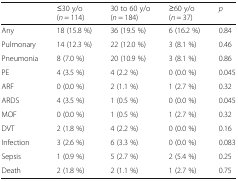
|  | ≤30 y/o (n = 114) | 30 to 60 y/o (n = 184) | ≥60 y/o (n = 37) | p |
 | --- | --- | --- | --- | --- |
 | Any | 18 (15.8 %) | 36 (19.5 %) | 6 (16.2 %) | 0.84 |
 | Pulmonary | 14 (12.3 %) | 22 (12.0 %) | 3 (8.1 %) | 0.46 |
 | Pneumonia | 8 (7.0 %) | 20 (10.9 %) | 3 (8.1 %) | 0.86 |
 | PE | 4 (3.5 %) | 4 (2.2 %) | 0 (0.0 %) | 0.045 |
 | ARF | 0 (0.0 %) | 2 (1.1 %) | 1 (2.7 %) | 0.32 |
 | ARDS | 4 (3.5 %) | 1 (0.5 %) | 0 (0.0 %) | 0.045 |
 | MOF | 0 (0.0 %) | 1 (0.5 %) | 1 (2.7 %) | 0.32 |
 | DVT | 2 (1.8 %) | 4 (2.2 %) | 0 (0.0 %) | 0.16 |
 | Infection | 3 (2.6 %) | 6 (3.3 %) | 0 (0.0 %) | 0.083 |
 | Sepsis | 1 (0.9 %) | 5 (2.7 %) | 2 (5.4 %) | 0.25 |
 | Death | 2 (1.8 %) | 2 (1.1 %) | 1 (2.7 %) | 0.75 |